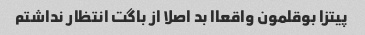
پیتزا بوقلمون واقعاا بد اصلا از باگت انتظار ندا‌شتم